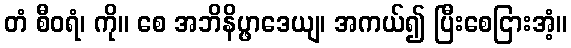
တံ စီဝရံ၊ ကို။ စေ အဘိနိပ္ဖာဒေယျ၊ အကယ်၍ ပြီးစေငြားအံ့။